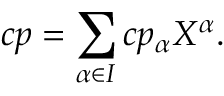
c p = \sum _ { \alpha \in I } c p _ { \alpha } X ^ { \alpha } .